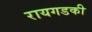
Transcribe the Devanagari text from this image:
रायगडकी